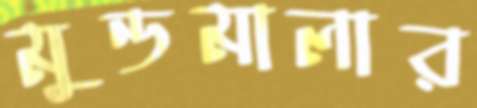
মুন্ডমালার